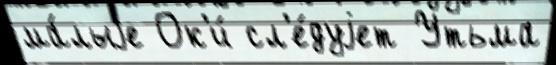
ма́лыjе Ок'и́ сл'е́дуjет Утьма